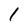
Character: 1